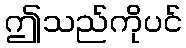
ဤသည်ကိုပင်